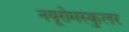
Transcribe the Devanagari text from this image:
नयूरोमस्कुलर